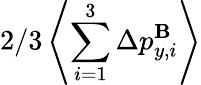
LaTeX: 2/3\left\langle\sum_{i=1}^{3}\Delta p_{y,i}^{\mathbf{B}}\right\rangle